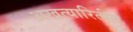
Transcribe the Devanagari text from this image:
अखत्यारितील